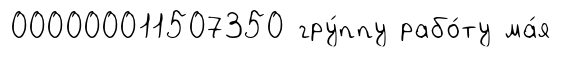
000000011507350 гру́ппу рабо́ту ма́я